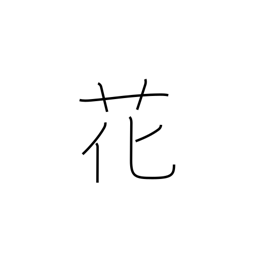
Meaning: flower